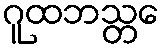
ဂူထဘသ္တေ